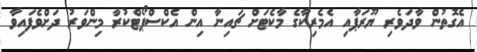
އެގޮތުން ވާދަވެރި ޔޫރަޕާއި އެމެރިކާގެ މާކެޓަށް ޗައިނާ އިން އެކްސްޕޯޓްކުރާ މިންވަރު ދަށްވެފައިވާ